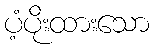
ပံ့ပိုးထားသော